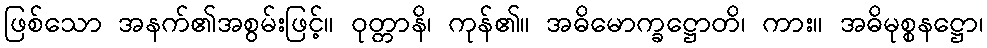
ဖြစ်သော အနက်၏အစွမ်းဖြင့်။ ဝုတ္တာနိ၊ ကုန်၏။ အဓိမောက္ခဋ္ဌောတိ၊ ကား။ အဓိမုစ္စနဋ္ဌော၊